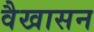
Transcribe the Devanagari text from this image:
वैखासन